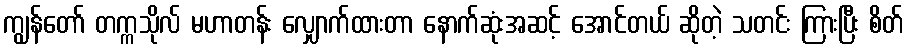
ကျွန်တော် တက္ကသိုလ် မဟာတန်း လျှောက်ထားတာ နောက်ဆုံးအဆင့် အောင်တယ် ဆိုတဲ့ သတင်း ကြားပြီး စိတ်